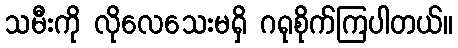
သမီးကို လိုလေသေးမရှိ ဂရုစိုက်ကြပါတယ်။